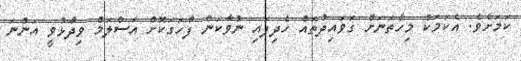
ކަމަށެވެ. އެކަމަކު މިހާތަނަށް ގަވައިދުތައް ހެދިފައި ނުވާކަން ފާހަގަކޮށް އަސްލަމް ވިދާޅުވީ އަންނަ